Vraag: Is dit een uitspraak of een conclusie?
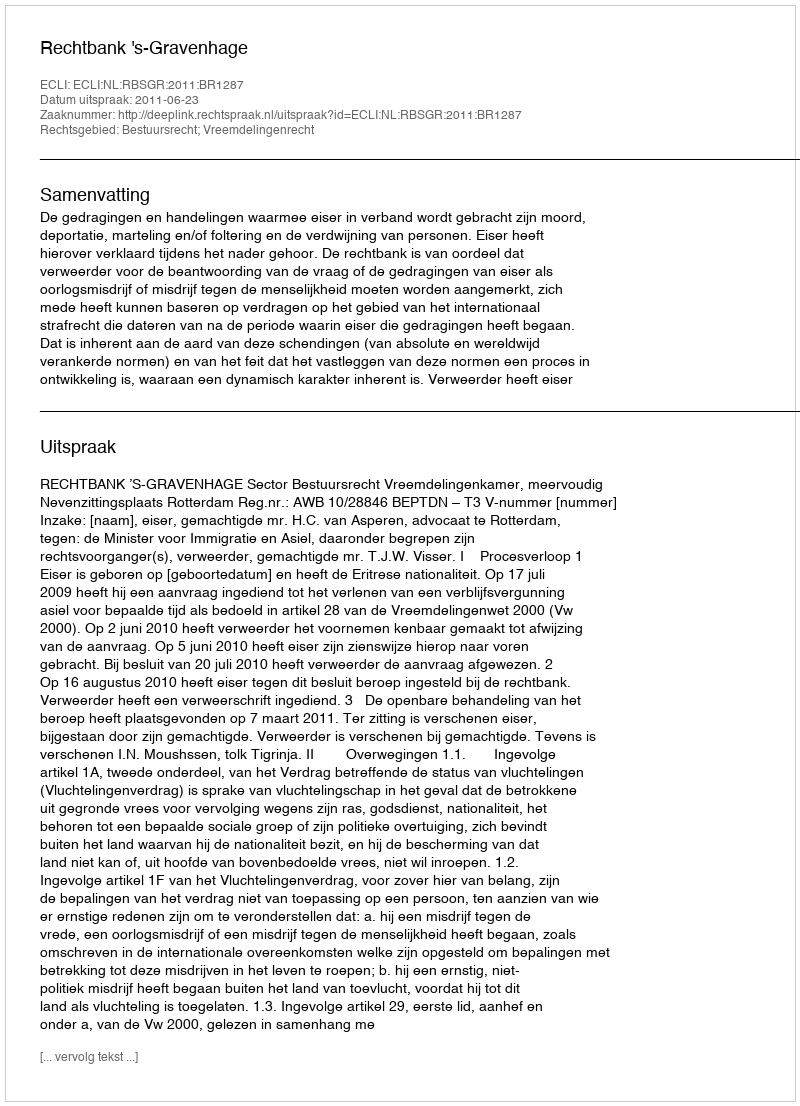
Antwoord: Uitspraak